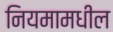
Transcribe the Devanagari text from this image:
नियमामधील